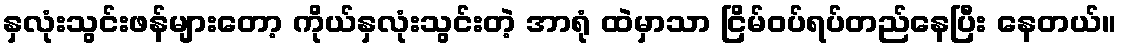
နှလုံးသွင်းဖန်များတော့ ကိုယ်နှလုံးသွင်းတဲ့ အာရုံ ထဲမှာသာ ငြိမ်ဝပ်ရပ်တည်နေပြီး နေတယ်။